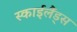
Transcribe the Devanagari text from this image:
स्‍काईलैंड्स